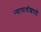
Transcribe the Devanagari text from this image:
न्यायाधीशपदी